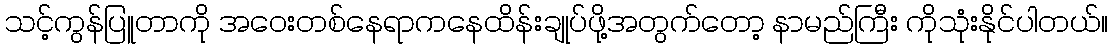
သင့်ကွန်ပြူတာကို အဝေးတစ်နေရာကနေထိန်းချုပ်ဖို့အတွက်တော့ နာမည်ကြီး ကိုသုံးနိုင်ပါတယ်။